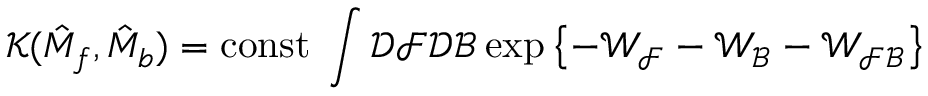
{ \mathcal { K } } ( \hat { M } _ { f } , \hat { M } _ { b } ) = \mathrm { c o n s t } \; \int { \mathcal { D } } { \mathcal { F } } { \mathcal { D } } { \mathcal { B } } \exp \left\{ - { \mathcal { W _ { F } } } - { \mathcal { W _ { B } } } - { \mathcal { W _ { F B } } } \right\}